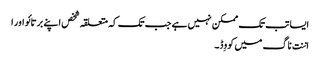
ایسا تب تک ممکن نہیں ہے جب تک کہ متعلقہ شخص اپنے برتائو اور ا
اننت ناگ میں کووِڈ۔